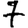
Digit: 7